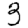
Digit: 3